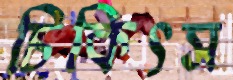
চিকিৎস